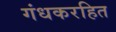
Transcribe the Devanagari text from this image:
गंधकरहित